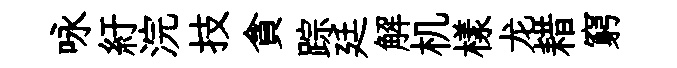
咏紆浣技貪踪廷解机樣龙耤窮